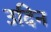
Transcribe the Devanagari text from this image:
उदिन